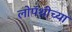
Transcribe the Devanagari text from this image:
लोपॅथीच्या